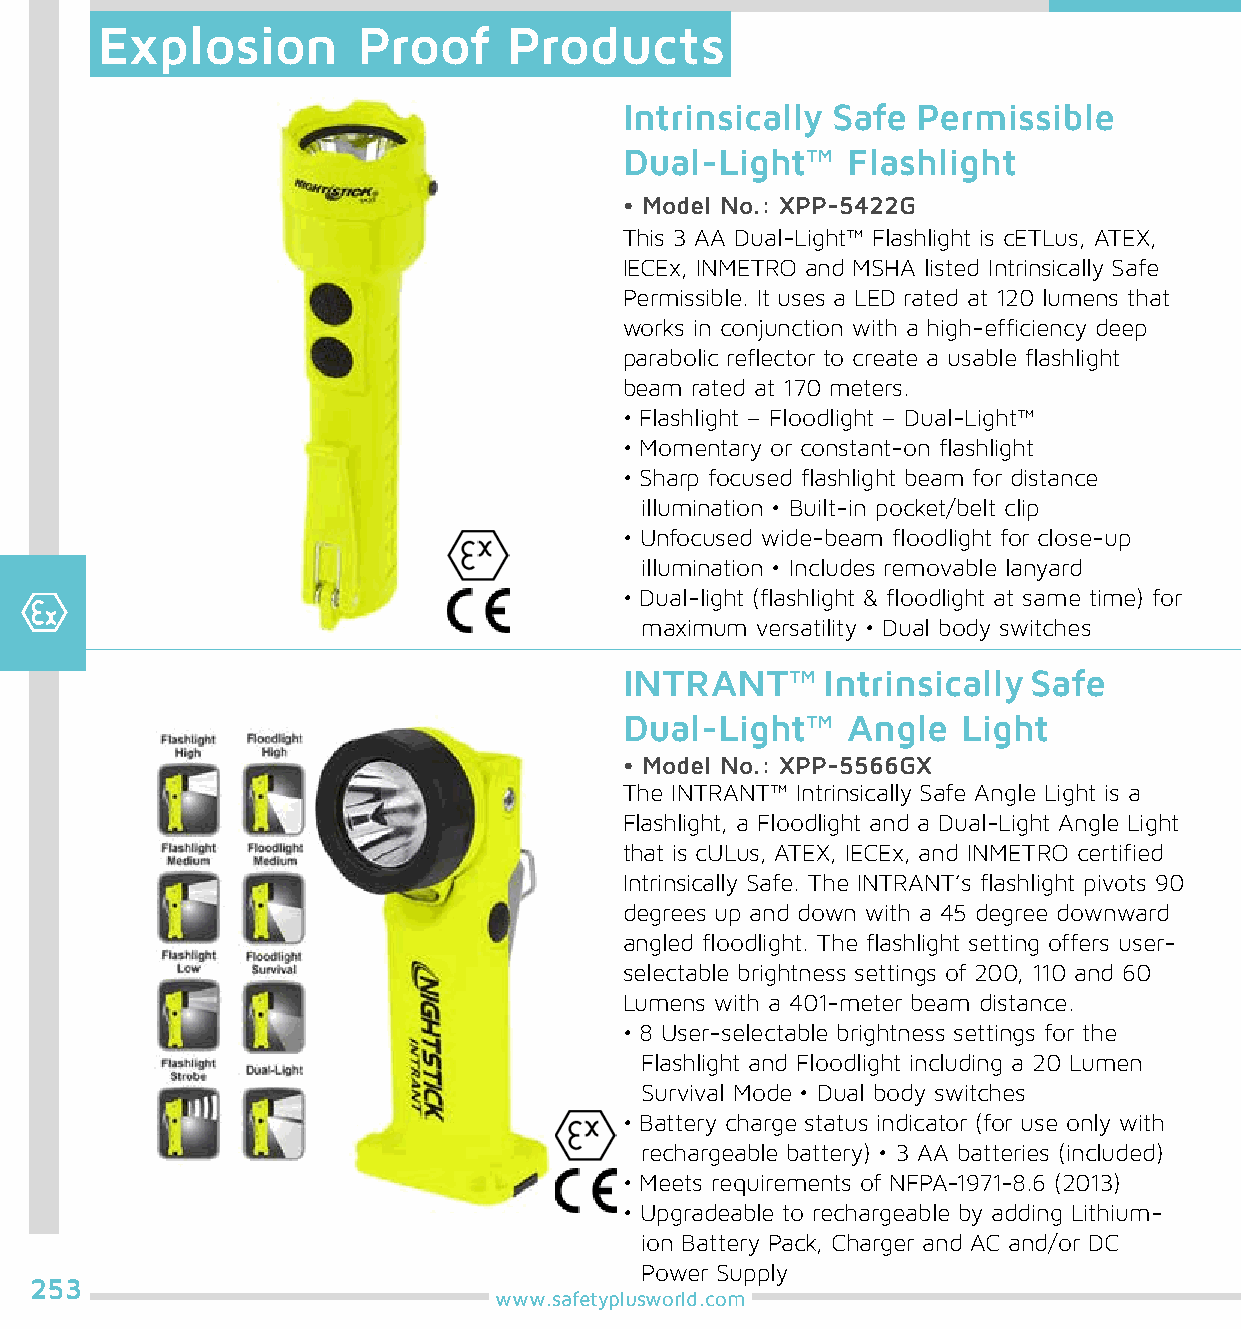
Explosion         Proof     Products
 Intrinsically Safe  Permissible
 Dual-Light™    Flashlight
 • Model No.: XPP-5422G
 This 3 AA Dual-Light™ Flashlight is cETLus, ATEX,
 IECEx, INMETRO and MSHA listed Intrinsically Safe
 Permissible. It uses a LED rated at 120 lumens that
 works in conjunction with a high-efficiency deep
 parabolic reflector to create a usable flashlight
 beam rated at 170 meters.
 • Flashlight – Floodlight – Dual-Light™
 • Momentary or constant-on flashlight
 • Sharp focused flashlight beam for distance
 illumination • Built-in pocket/belt clip
 • Unfocused wide-beam floodlight for close-up
 illumination • Includes removable lanyard
 • Dual-light (flashlight & floodlight at same time) for
 maximum versatility • Dual body switches
 INTRANT™     Intrinsically Safe
 Dual-Light™    Angle   Light
 • Model No.: XPP-5566GX
 The INTRANT™ Intrinsically Safe Angle Light is a
 Flashlight, a Floodlight and a Dual-Light Angle Light
 that is cULus, ATEX, IECEx, and INMETRO certified
 Intrinsically Safe. The INTRANT’s flashlight pivots 90
 degrees up and down with a 45 degree downward
 angled floodlight. The flashlight setting offers user-
 selectable brightness settings of 200, 110 and 60
 Lumens with a 401-meter beam distance.
 • 8 User-selectable brightness settings for the
 Flashlight and Floodlight including a 20 Lumen
 Survival Mode • Dual body switches
 • Battery charge status indicator (for use only with
 rechargeable battery) • 3 AA batteries (included)
 • Meets requirements of NFPA-1971-8.6 (2013)
 • Upgradeable to rechargeable by adding Lithium-
 ion Battery Pack, Charger and AC and/or DC
 Power Supply
 253
 www.safetyplusworld.com